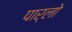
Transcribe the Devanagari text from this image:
पार्लो